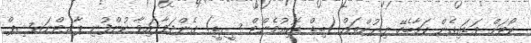
ކޯޓަށް ވަޑައިގެން ކަމާބެހޭ ލިޔުންތައް (ބިޑް ޑޮކިއުމެންޓް ސީޑީ) ގެންދަވާފައިވާ ކުންފުނި ޕާރޓްނަރޝިޕް